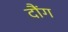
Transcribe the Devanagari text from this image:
दौंग